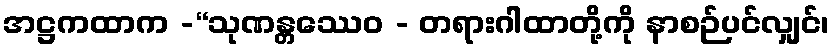
အဋ္ဌကထာက -“သုဏန္တဿေဝ - တရားဂါထာတို့ကို နာစဉ်ပင်လျှင်၊